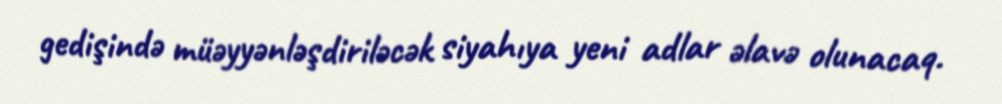
gedişində müəyyənləşdiriləcək siyahıya yeni adlar əlavə olunacaq.